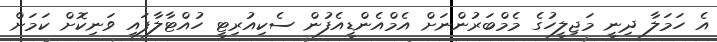
އެ ހަމަލާ ދިނީ މަޖިލީހުގެ މެމްބަރުންނަށް އެމްއެންޑީއެފުން ސެކިއުރިޓީ ހުއްޓާލާފައި ވަނިކޮށް ކަމަށް